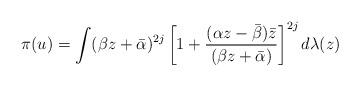
LaTeX: \begin{align*}\pi(u) = \int (\beta z+ \bar{\alpha})^{2j} \left[ 1+ \frac{(\alpha z-\bar{\beta})\bar{z}}{(\beta z+\bar{\alpha})} \right]^{2j} d\lambda(z)\end{align*}